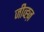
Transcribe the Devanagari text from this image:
जीव्ह्ज़